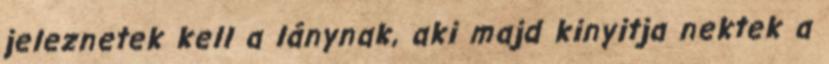
jeleznetek kell a lánynak, aki majd kinyitja nektek a